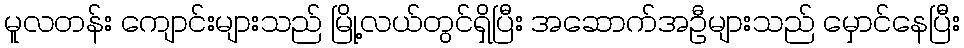
မူလတန်း ကျောင်းများသည် မြို့လယ်တွင်ရှိပြီး အဆောက်အဦများသည် မှောင်နေပြီး